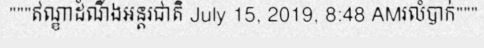
"""ឥណ្ឌាដំណឹងអន្តរជាតិ July 15, 2019, 8:48 AMរលំបាក់"""